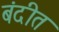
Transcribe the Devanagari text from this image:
बंदीत